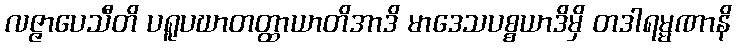
လဇ္ဇာပေသီတိ ပရူပဃာတတ္ထာယာတိအာဒိ မာဒေသပစ္စယာဒိမှိ တဒါရမ္မဏာနိ